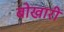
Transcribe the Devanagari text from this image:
बोखारी